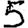
Digit: 5